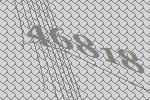
46818